Annual report on the lock hospitals of the Madras Presidency
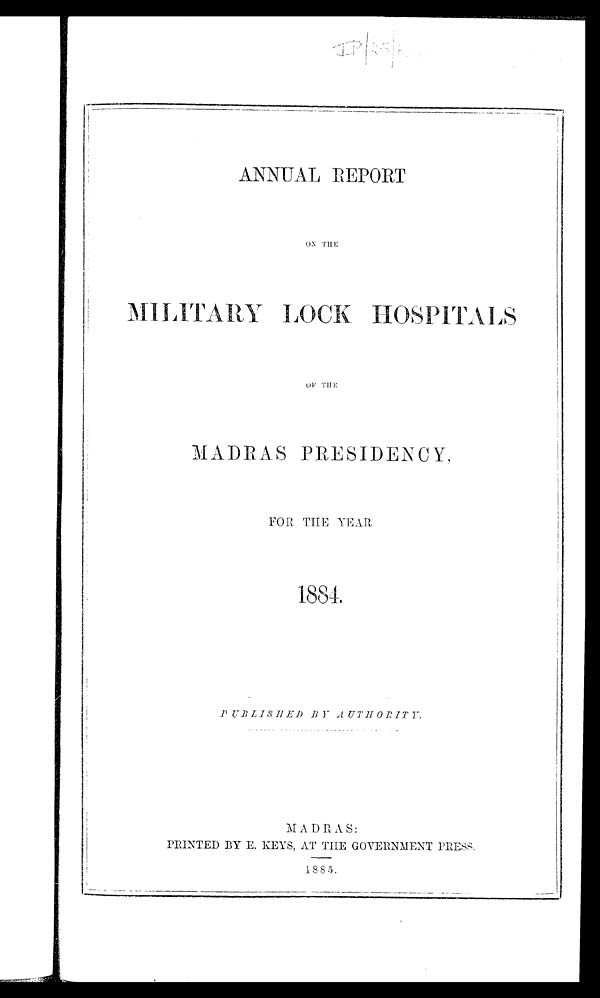
ANNUAL REPORT
ON THE
MILITARY LOCK HOSPITALS
OF THE
MADRAS PRESIDENCY,
FOR THE YEAR
1884.
PUBLISHED B Y AUTHORITY.
MADRAS.
PRINTED BY E. KEYS, AT THE GOVERNMENT PRESS.
1885.